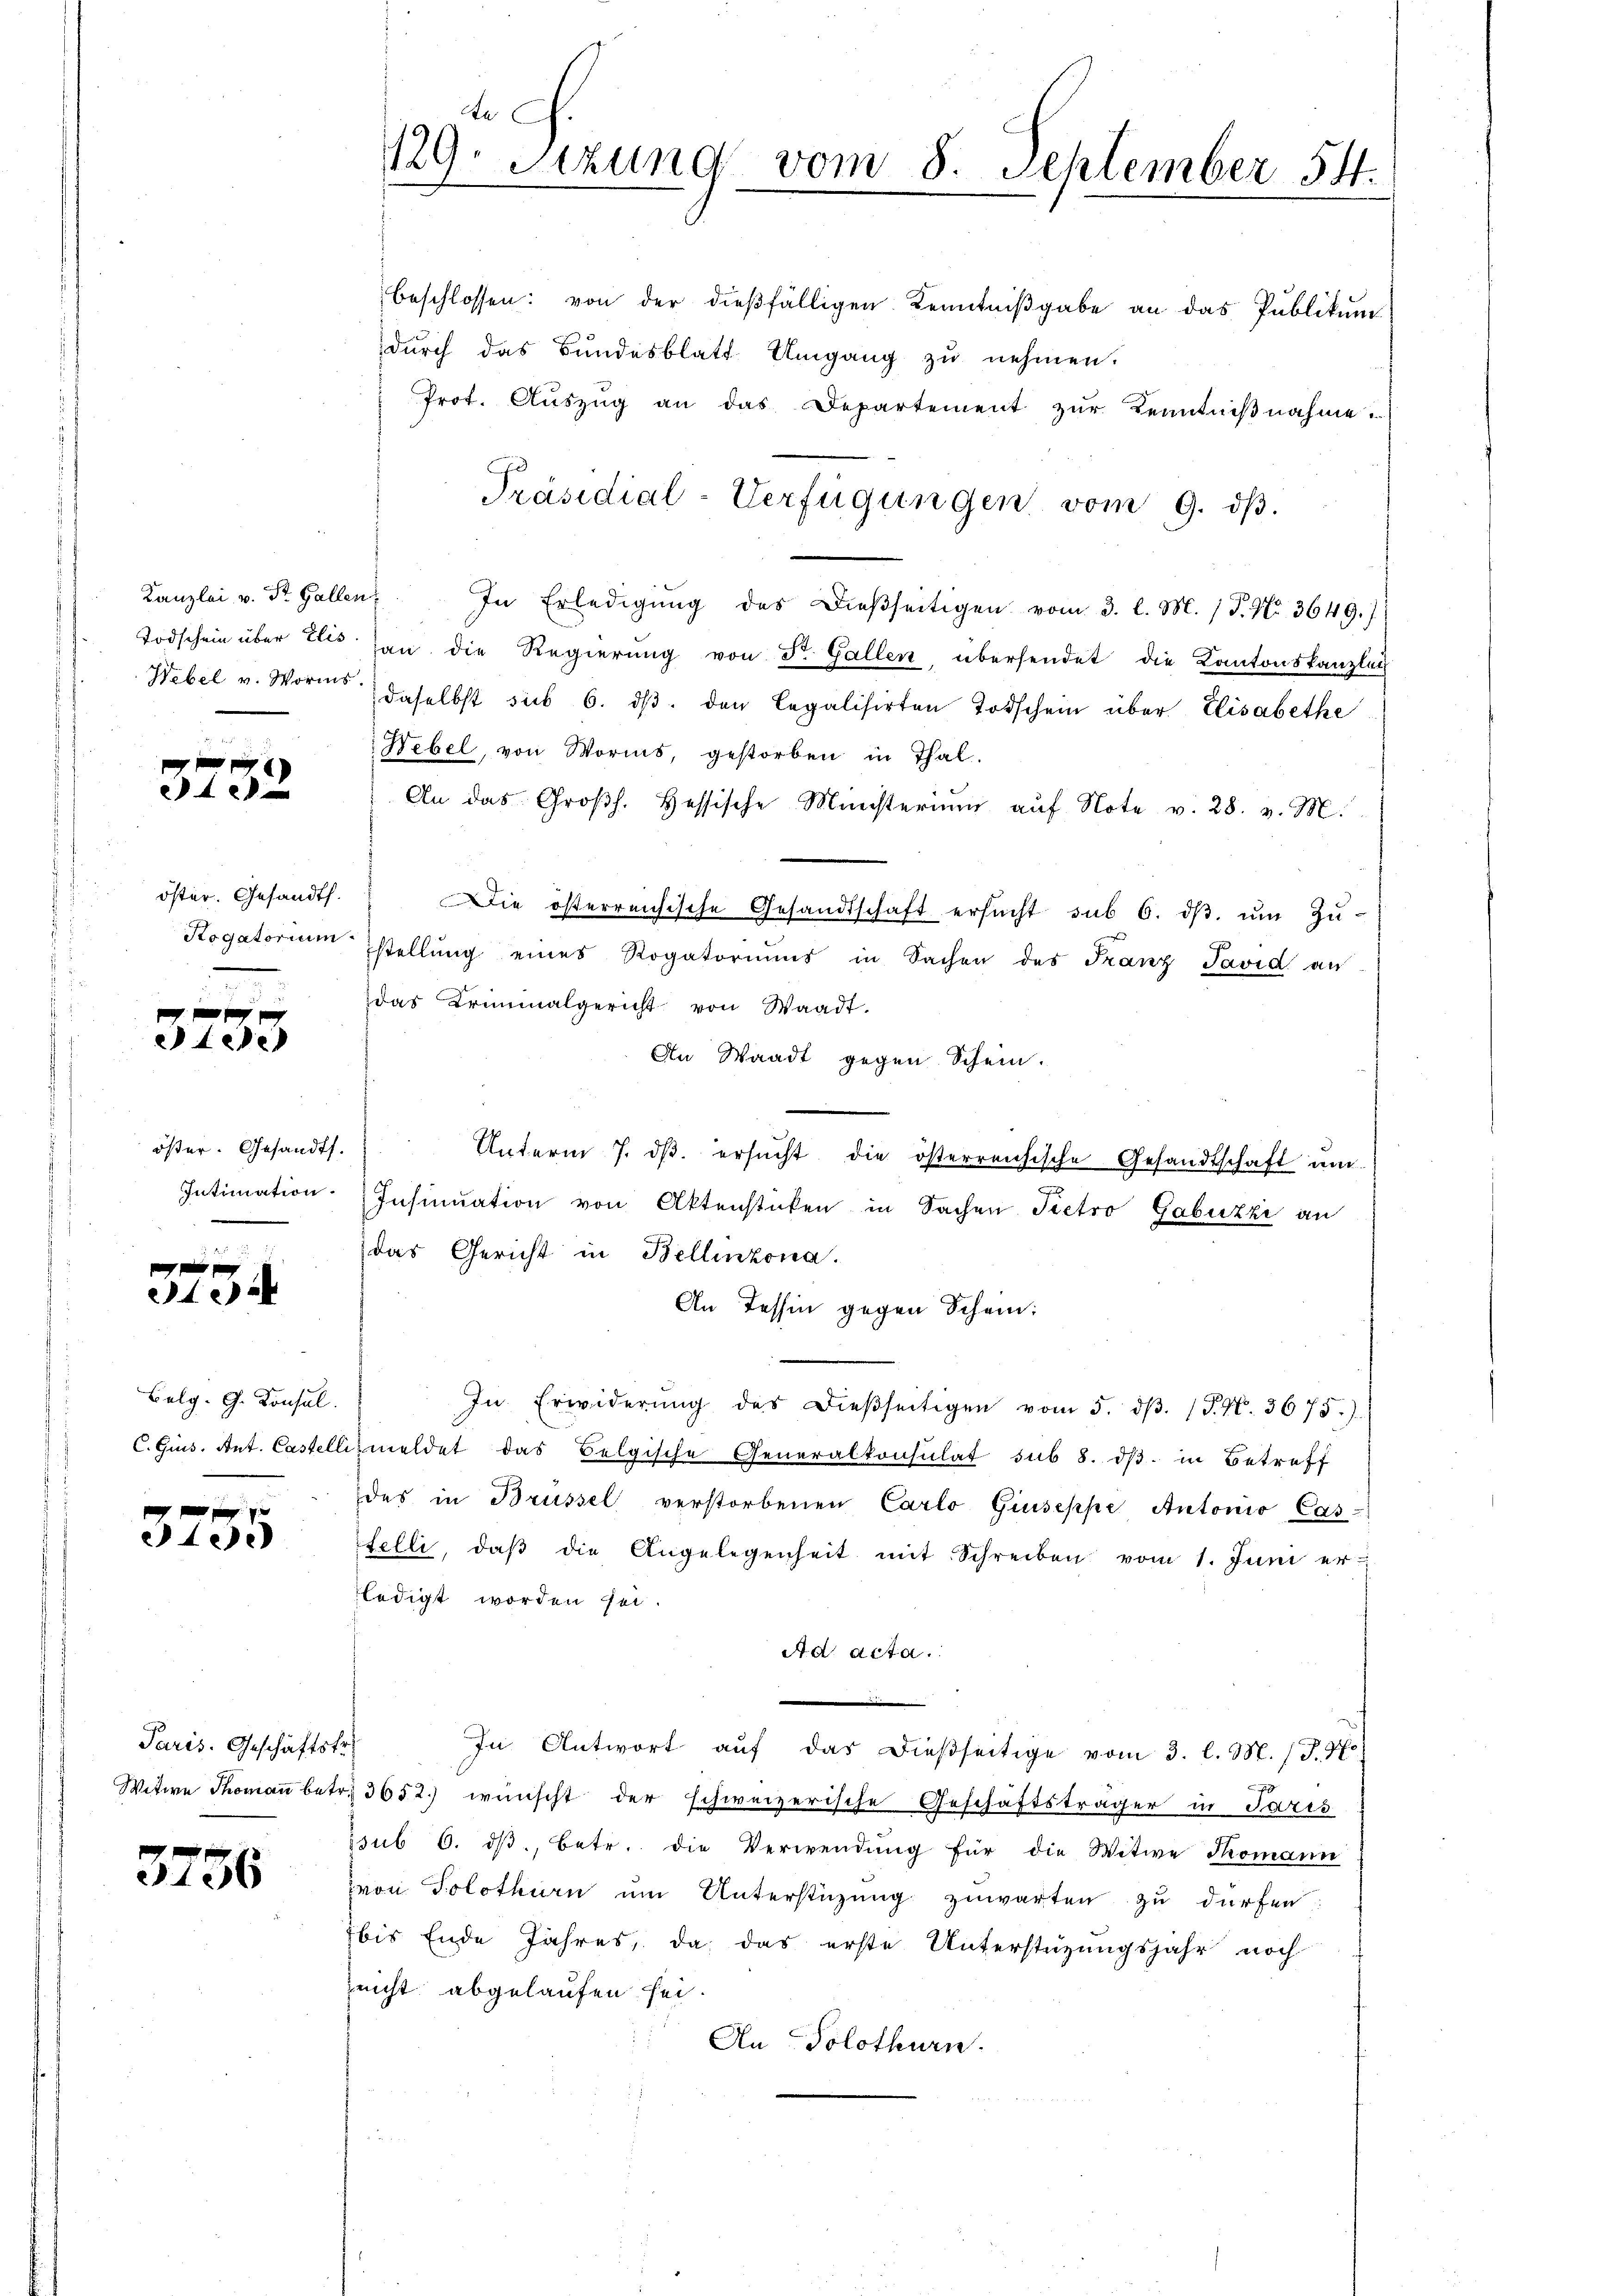
Kanzlei v. St. Gallen,

3252

öster. Gesandt.

10 f
iede

öster. Gesandts.
Intimation.

x
e

Belg. G. Konsul

0 f 0 x
ee

Paris. Geschäfts-
Witwe Thomann betr.

3756

cte
129. Sitzung vom 8. September 54.

beschlossen: von der dießfälligen Kenntniβgabe an das Publikum
dŭrch das Bundesblatt Umgang zŭ nehmen.
Prot. Auszug an das Departement zur Kenntnißnahme.
Präsidial-Verfügungen vom 9. dβ.
In Erledigŭng des dießseitigen vom 3. l. M. / P. Nr. 3649.)
Todschein über Elis han die Regierŭng von St. Gallen, übersendet die Kantonskanzlei
Hebel v. Worms daselbst sub 6. dβ. den legalisirten Todschein über Elisabethe
Webel, von Worms, gestorben in Thal-
An das Großh. Hessische Münsterium auf Note v. 28. v. M.
Die österreichische Gesandtschaft ersŭcht sub 6. dβ ŭm Zŭ-
Rogatorium stellung eines Rogatoriums in Sachen des Franz Pavid an
das Kriminalgericht von Waadt.
An Waadt gegen Schein.
Unterm 7. dβ. ersŭcht die österreichische Gesandtschaft ŭm
Insinuation von Aktenstüken in Sachen Pietro Gabuzzi an
das Gericht in Bellinzona.
An Tessin gegen Schein;
In Erwiderŭng des dieβseitigen vom 5. dβ. (T. N. 3675.)
C. Ges. Ant. Castellizmeldet das Belgische Generalkonsulat sub 8. dβ in Betreff
des in Brüssel verstorbenen Carlo Giuseppe Antonio Casfelli, daβ die Angelegenheit mit Schreiben vom 1. Juni er
ledigt worden sei.
Ad acta.
|
te
In Antwort aŭf das dießseitige vom 3. l. M. P. N
r 3652.) wünscht der schweizerische Geschäftsträger in Paris
ssub 6. dβ, betr. die Verwendŭng für die Witwe Komann
von Solothurn um Unterstüzung zuwarten zu dürfen:
bis Ende Jahres, da das erste Unterstüzungsjahr noch
Zeicht abgelaufen sei.
An Solothurn.